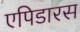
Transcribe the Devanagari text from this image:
एपिडारस